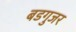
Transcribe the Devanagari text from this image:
बडगुजर